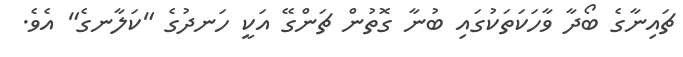
ޗައިނާގެ ބޯދާ ވާހަކަތަކުގައި ބުނާ ގޮތުން ޗަންގޭ އަކީ ހަނދުގެ "ކަލާނގެ" އެވެ.